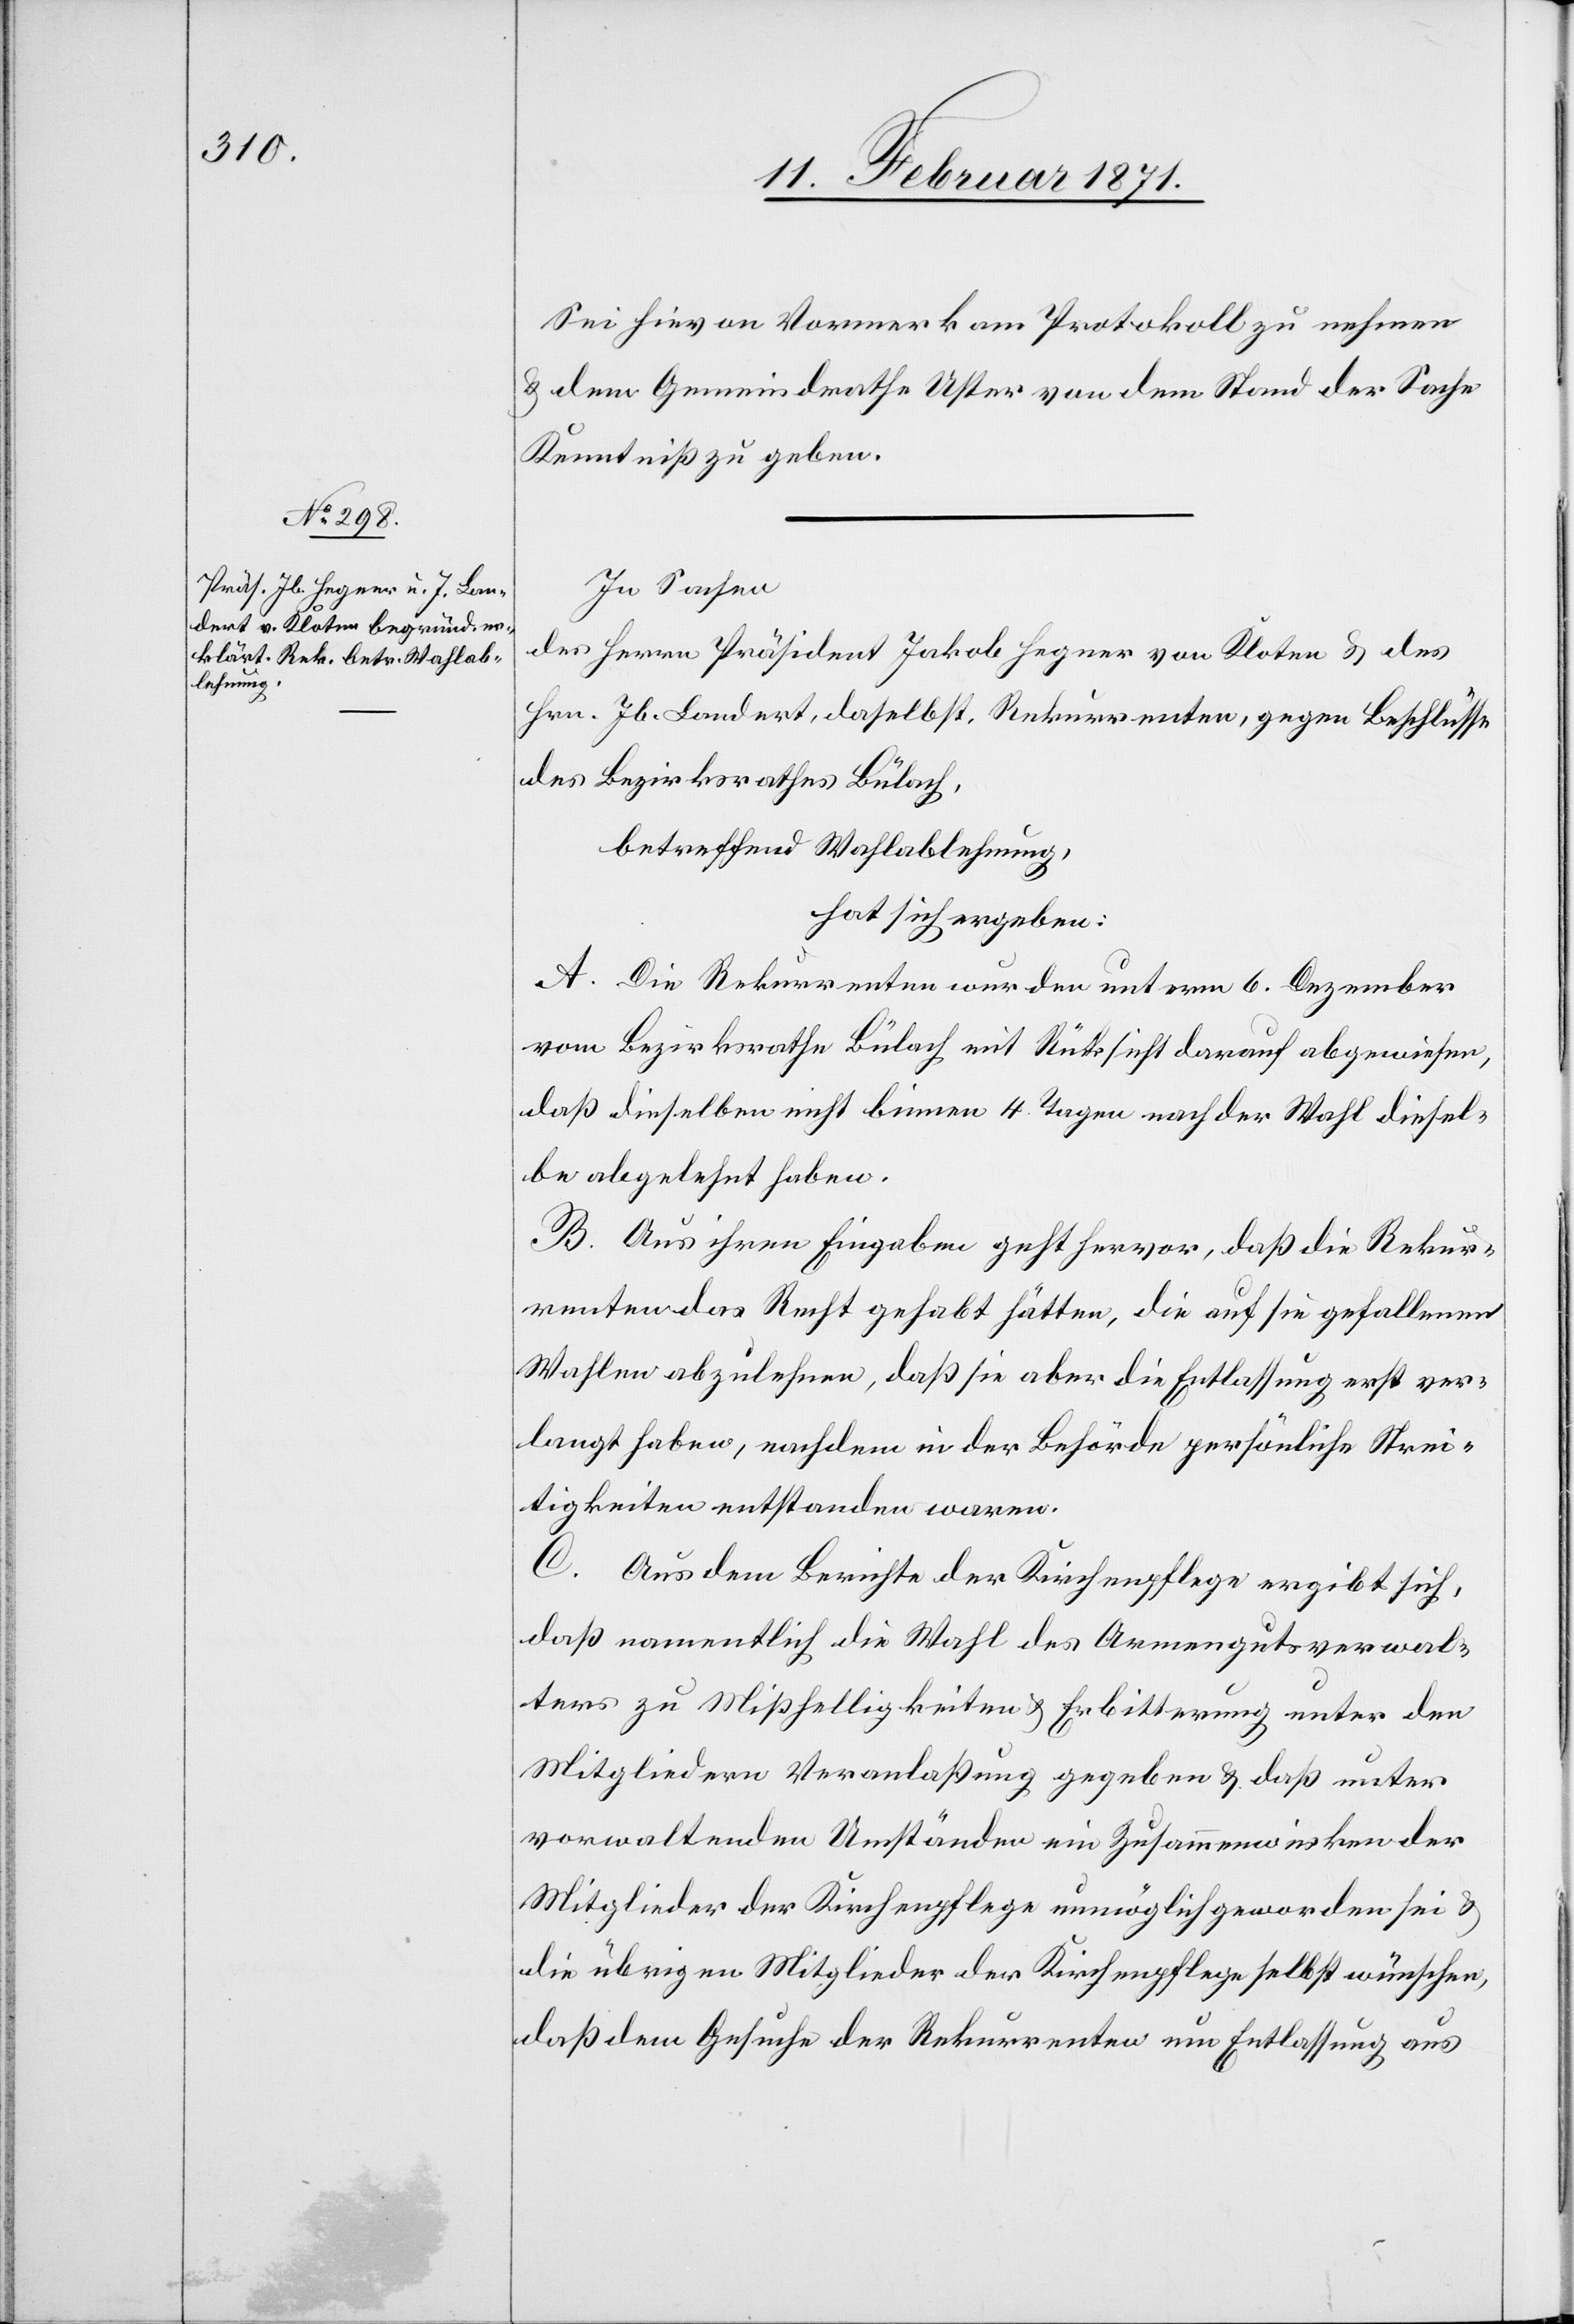
Sei hievon Vormerk am Protokoll zu nehmen
u. dem Gemeindrathe Uster von dem Stand der Sache
Kenntniß zu geben.
In Sachen
des Herrn Präsident Jakob Hegner von Kloten u. des
Hrn. Jb. Landert, daselbst, Rekurrenten, gegen Beschlüsse
des Bezirksrathes Bülach,
betreffend Wahlablehnung,
hat sich ergeben:
A. Die Rekurrenten wurden unterm 6. Dezember
vom Bezirksrathe Bülach mit Rücksicht darauf abgewiesen,
daß dieselben nicht binnen 4. Tagen nach der Wahl diesel¬
be abgelehnt haben.
B. Aus ihren Eingaben geht hervor, daß die Rekur¬
renten das Recht gehabt hätten, die auf sie gefallenen
Wahlen abzulehnen, daß sie aber die Entlassung erst ver¬
langt haben, nachdem in der Behörde persönliche Strei¬
tigkeiten entstanden waren.
C. Aus dem Berichte der Kirchenpflege ergibt sich,
daß namentlich die Wahl des Armengutsverwal¬
ters zu Mißhelligkeiten u. Erbitterung unter den
Mitgliedern Veranlaßung gegeben u. daß unter
vorwaltenden Umständen ein Zusammenwirken der
Mitglieder der Kirchenpflege unmöglich geworden sei u.
die übrigen Mitglieder der Kirchenpflege selbst wünschen,
daß dem Gesuche der Rekurrenten um Entlassung aus